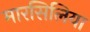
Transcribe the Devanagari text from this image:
मारसिलिया